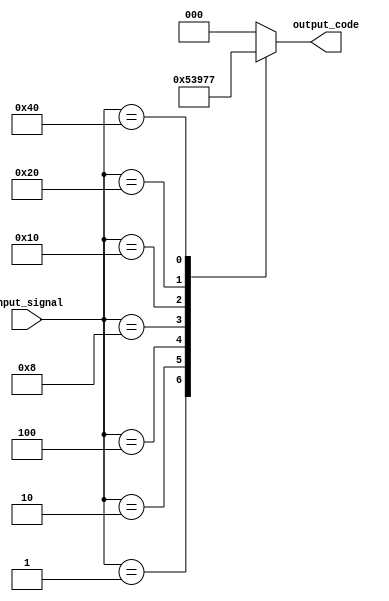
module octal_priority_encoder(
    input [7:0] input_signal,
    output reg [2:0] output_code
);

always @(*) begin
    case(input_signal)
        8'b00000001: output_code = 3'b001;
        8'b00000010: output_code = 3'b010;
        8'b00000100: output_code = 3'b011;
        8'b00001000: output_code = 3'b100;
        8'b00010000: output_code = 3'b101;
        8'b00100000: output_code = 3'b110;
        8'b01000000: output_code = 3'b111;
        default: output_code = 3'b000;
    endcase
end

endmodule